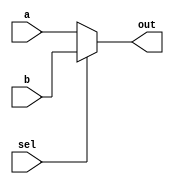
// Design and verify a 2:1 mux

module day1 (
    input a, b, sel,
    output out
);

    assign out = sel ? b : a;

endmodule